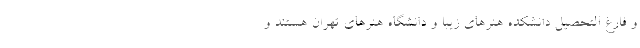
و فارغ التحصیل دانشکده هنرهای زیبا و دانشگاه هنرهای تهران هستند و